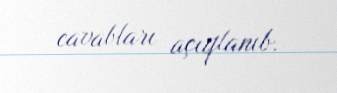
cavabları açıqlanıb.